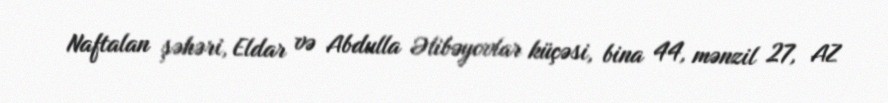
Naftalan şəhəri, Eldar və Abdulla Əlibəyovlar küçəsi, bina 44, mənzil 27, AZ